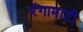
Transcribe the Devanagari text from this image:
रंगामाटी